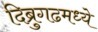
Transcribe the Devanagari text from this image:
दिब्रुगढमध्ये